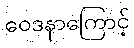
ဝေဒနာကြောင့်